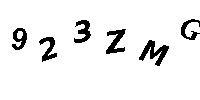
923ZMG